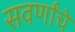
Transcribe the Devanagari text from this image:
सवर्णांचे